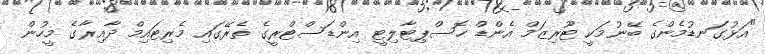
"އަޅުގަނޑުމެންގެ ބޭނުމަކީ ޓޫރިޒަމް އެންޑް ހޮސްޕިޓާލިޓީ އިންޑަސްޓްރީގެ ތެރޭގައި މެރިޓައިމް ދާއިރާގެ މީހުން